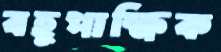
বহুপাক্ষিক